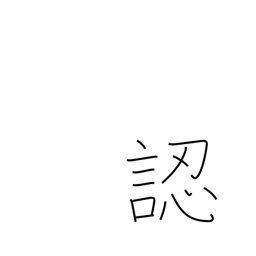
Meaning: discern